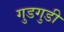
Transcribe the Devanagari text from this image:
गुडगुडी